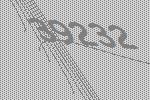
39232